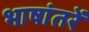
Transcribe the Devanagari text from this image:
भाषांतरें